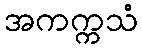
အကက္ကသံ